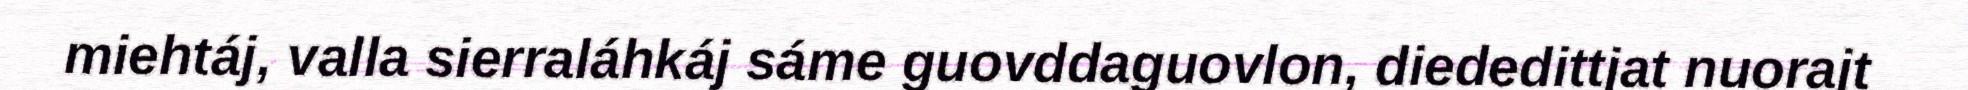
miehtáj, valla sierraláhkáj sáme guovddaguovlon, diededittjat nuorajt